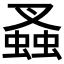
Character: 𧎮